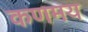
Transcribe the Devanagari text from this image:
कणमय